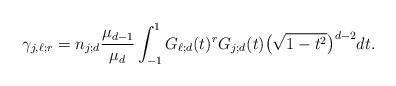
LaTeX: \begin{align*}\gamma_{j,\ell; r}=n_{j;d}\frac{\mu_{d-1}}{\mu_d}\int_{-1}^1 G_{\ell;d}(t)^r G_{j;d}(t)\big(\sqrt{1-t^2}\big)^{d-2} dt.\end{align*}